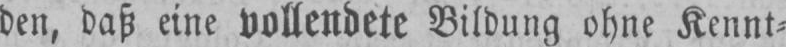
den, daß eine vollendete Bildung ohne Kennt⸗